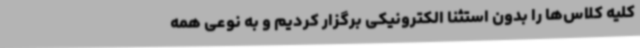
کلیه کلاس‌ها را بدون استثنا الکترونیکی برگزار کردیم و به نوعی همه